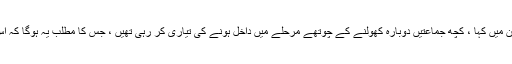
گورنر کے دفتر نے ایک بیان میں کہا ، کچھ جماعتیں دوبارہ کھولنے کے چوتھے مرحلے میں داخل ہونے کی تیاری کر رہی تھیں ، جس کا مطلب یہ ہوگا کہ اس میں کوئی پابندی نہیں ہے۔